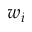
w _ { i }